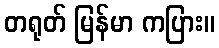
တရုတ် မြန်မာ ကပြား။